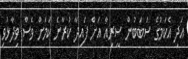
އަދި އެކަމުގެ ސަބަބުން ސީރިއާ އަށް ފައިދާ ކުރާނެ ކަމަށް ވެސް ވިދާޅުވި